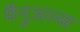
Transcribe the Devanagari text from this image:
मैनुअल्स